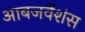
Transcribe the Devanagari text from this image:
आबजर्वेशंस